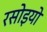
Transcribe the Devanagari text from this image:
रसोइयो